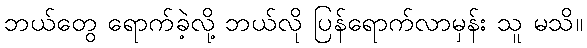
ဘယ်တွေ ရောက်ခဲ့လို့ ဘယ်လို ပြန်ရောက်လာမှန်း သူ မသိ။